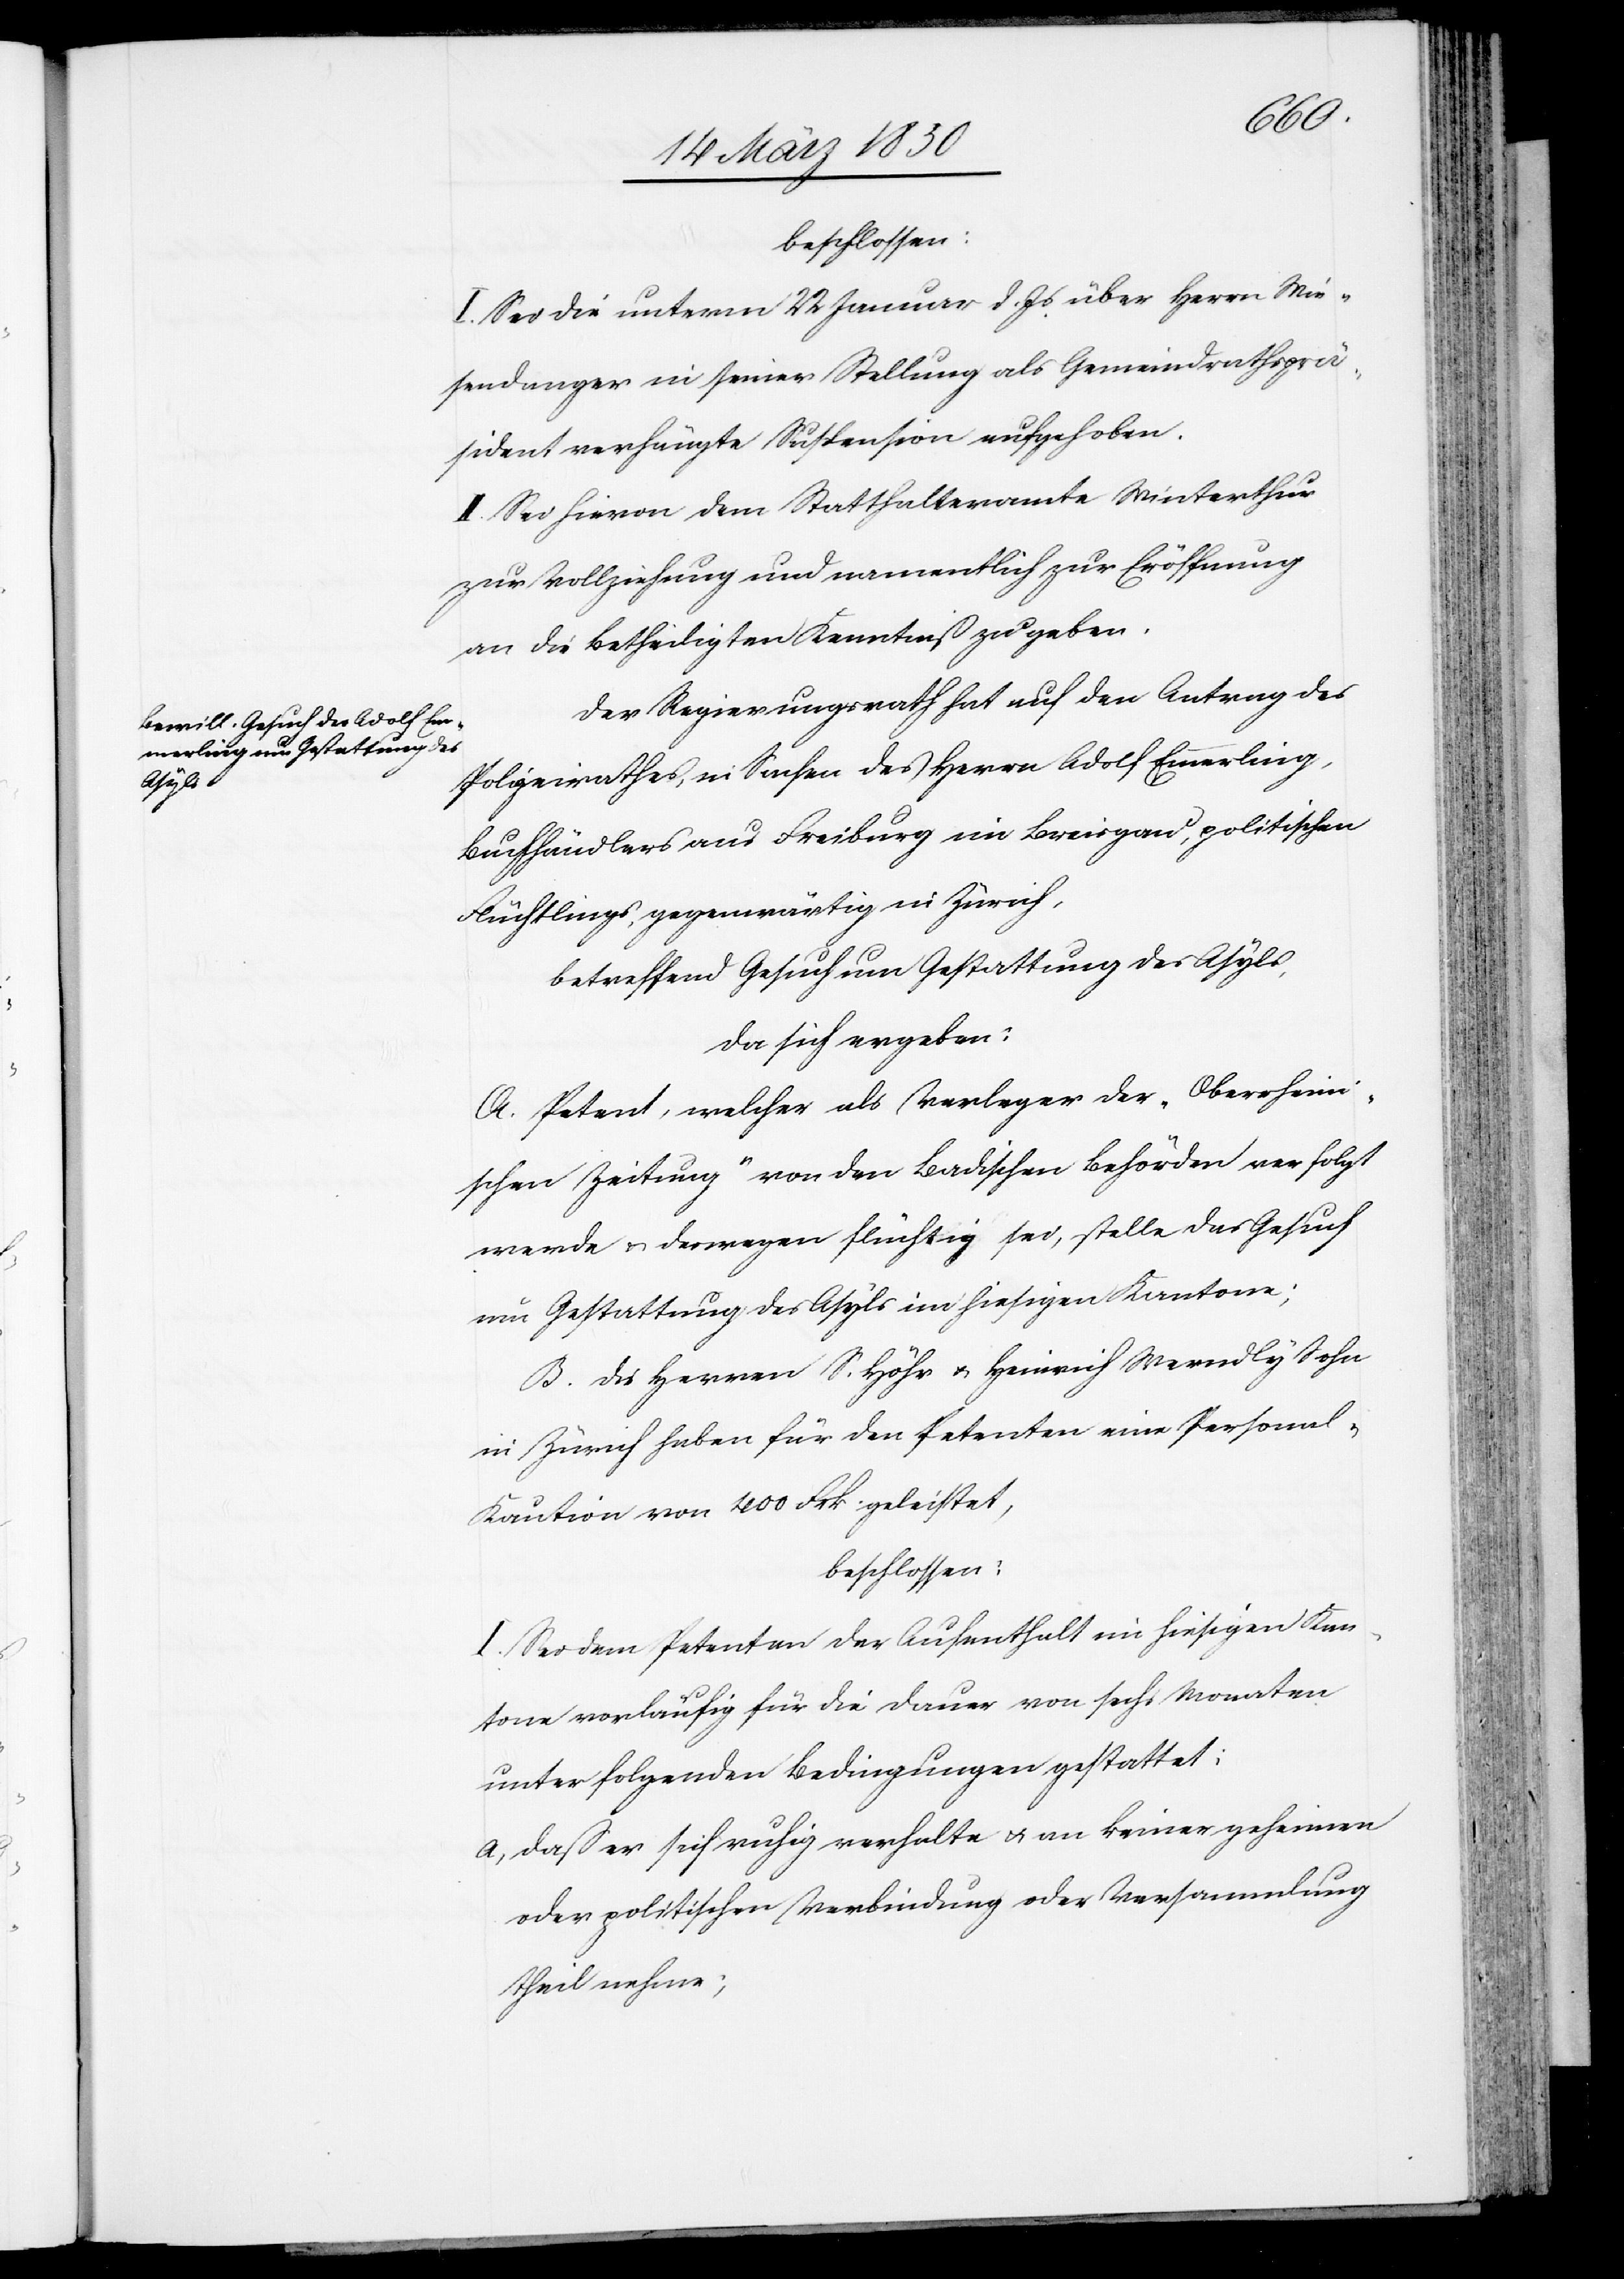
beschlossen:
I. Sei die unterm 22 Januar d. Js. über Herrn Wie¬
sendanger in seiner Stellung als Gemeindrathsprä¬
sident verhängte Suspension aufgehoben.
II. Sei hievon dem Statthalteramte Winterthur
zur Vollziehung und namentlich zur Eröffnung
an die Betheiligten Kenntniß zu geben.
Der Regierungsrath hat auf den Antrag des
Polizeirathes, in Sachen des Herrn Adolf Emmerling,
Buchhändlers aus Freiburg im Breisgau, politischen
Flüchtlings, gegenwärtig in Zürich,
betreffend Gesuch um Gestattung des Asyls,
da sich ergeben:
A. Petent, welcher als Verleger der „Oberrhein¬
ischen Zeitung“ von den Badischen Behörden verfolgt
werde u. deswegen flüchtig sei, stelle das Gesuch
um Gestattung des Asyls im hiesigen Kantone;
B. Die Herren S. Höhr u. Heinrich Werndly Sohn
in Zürich haben für den Petenten eine Personal-K¬
aution von 400 Frk. geleistet,
beschlossen:
I. Sei dem Petenten der Aufenthalt im hiesigen Kan¬
tone vorläufig für die Dauer von sechs Monaten
unter folgenden Bedingungen gestattet;
a, daß er sich ruhig verhalte u. an keiner geheimen
oder politischen Verbindung oder Versammlung
theil nehme;